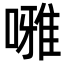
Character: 𠾒